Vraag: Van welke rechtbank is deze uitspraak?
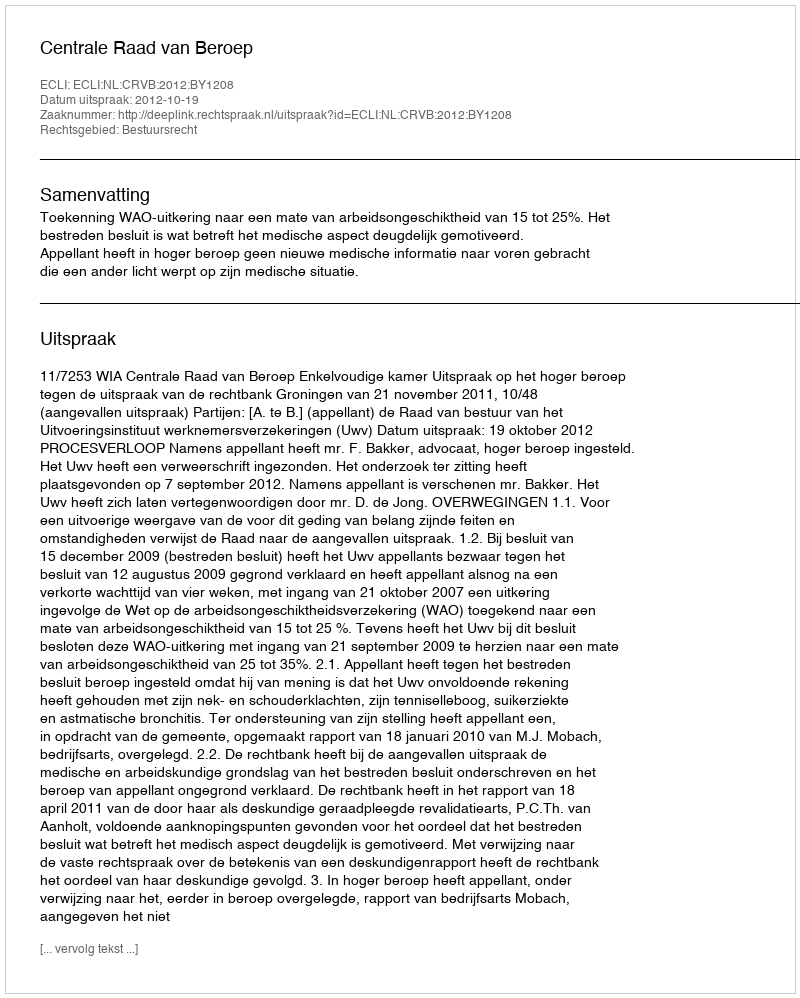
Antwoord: Centrale Raad van Beroep